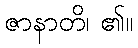
ဇာနာတိ၊ ၏။